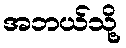
အဘယ်သို့